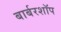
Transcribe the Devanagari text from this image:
बार्बरशॉप